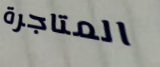
المتاجرة